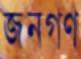
জনগণ